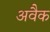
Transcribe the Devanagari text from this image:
अवैक